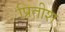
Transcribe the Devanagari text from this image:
प्रितीश